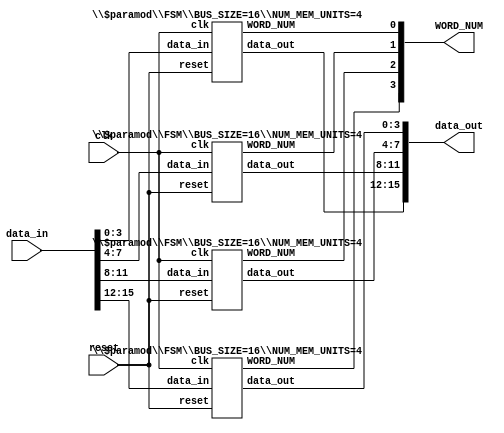
/* Generated by Yosys 0.7 (git sha1 61f6811, i686-w64-mingw32.static-gcc 4.9.3 -Os) */

(* src = "FSM.v:3" *)
module \$paramod\FSM\BUS_SIZE=16\NUM_MEM_UNITS=4 (clk, reset, data_in, data_out, WORD_NUM, next_state, state);
  (* src = "FSM.v:21" *)
  reg _00_;
  (* src = "FSM.v:21" *)
  reg _01_;
  (* src = "FSM.v:21" *)
  reg [3:0] _02_;
  (* src = "FSM.v:21" *)
  reg [3:0] _03_;
  (* src = "FSM.v:16" *)
  reg [3:0] _04_;
  (* src = "FSM.v:21" *)
  reg [3:0] _05_;
  (* src = "FSM.v:17" *)
  wire _06_;
  (* src = "FSM.v:31" *)
  wire _07_;
  (* src = "FSM.v:43" *)
  wire _08_;
  (* src = "FSM.v:55" *)
  wire _09_;
  (* src = "FSM.v:30" *)
  wire _10_;
  (* src = "FSM.v:42" *)
  wire _11_;
  (* src = "FSM.v:54" *)
  wire _12_;
  (* src = "FSM.v:11" *)
  output WORD_NUM;
  reg WORD_NUM;
  (* src = "FSM.v:7" *)
  input clk;
  (* src = "FSM.v:15" *)
  reg control;
  (* src = "FSM.v:9" *)
  input [3:0] data_in;
  (* src = "FSM.v:10" *)
  output [3:0] data_out;
  reg [3:0] data_out;
  (* src = "FSM.v:12" *)
  output [3:0] next_state;
  reg [3:0] next_state;
  (* src = "FSM.v:8" *)
  input reset;
  (* src = "FSM.v:13" *)
  output [3:0] state;
  reg [3:0] state;
  assign _06_ = ~ (* src = "FSM.v:17" *) reset;
  assign _07_ = & (* src = "FSM.v:31" *) data_in;
  assign _08_ = & (* src = "FSM.v:43" *) data_in;
  assign _09_ = & (* src = "FSM.v:55" *) data_in;
  assign _10_ = | (* src = "FSM.v:30" *) data_in;
  assign _11_ = | (* src = "FSM.v:42" *) data_in;
  assign _12_ = | (* src = "FSM.v:54" *) data_in;
  always @* begin
    _04_ = state;
    casez (_06_)
      1'b1:
          _04_ = 4'b0001;
      default:
          _04_ = next_state;
    endcase
  end
  always @(posedge clk) begin
      state <= _04_;
  end
  always @* begin
    _01_ = control;
    _02_ = 4'b0000;
    _00_ = 1'b0;
    _03_ = _05_;
    casez (state)
      4'b0001:
        begin
          _05_ = state;
          _02_ = data_in;
          _00_ = _10_;
          _01_ = _07_;
          casez (control)
            1'b1:
                _05_ = 4'b0010;
            default:
                _05_ = 4'b0100;
          endcase
        end
      4'b0010:
        begin
          _05_ = state;
          _02_ = data_in;
          _00_ = _11_;
          _01_ = _08_;
          casez (control)
            1'b1:
                _05_ = 4'b0010;
            default:
                _05_ = 4'b0100;
          endcase
        end
      4'b0100:
        begin
          _05_ = state;
          _02_ = data_in;
          _00_ = _12_;
          _01_ = _09_;
          casez (control)
            1'b1:
                _05_ = 4'b0001;
            default:
                _05_ = 4'b0100;
          endcase
        end
      default:
        begin
          _05_ = 4'b0001;
          _02_ = 4'b0000;
          _00_ = 1'b0;
        end
    endcase
  end
  always @* begin
      data_out <= _02_;
      WORD_NUM <= _00_;
      next_state <= _03_;
      control <= _01_;
  end
endmodule

(* top =  1  *)
(* src = "Generator_cond.v:3" *)
module Generator_cond(clk, reset, data_in, data_out, WORD_NUM);
  (* src = "Generator_cond.v:11" *)
  output [3:0] WORD_NUM;
  (* src = "Generator_cond.v:7" *)
  input clk;
  (* src = "Generator_cond.v:9" *)
  input [15:0] data_in;
  (* src = "Generator_cond.v:10" *)
  output [15:0] data_out;
  (* src = "Generator_cond.v:8" *)
  input reset;
  (* src = "Generator_cond.v:17" *)
  \$paramod\FSM\BUS_SIZE=16\NUM_MEM_UNITS=4  \MEM[0].mem_unit  (
    .WORD_NUM(WORD_NUM[0]),
    .clk(clk),
    .data_in(data_in[3:0]),
    .data_out(data_out[15:12]),
    .reset(reset)
  );
  (* src = "Generator_cond.v:17" *)
  \$paramod\FSM\BUS_SIZE=16\NUM_MEM_UNITS=4  \MEM[1].mem_unit  (
    .WORD_NUM(WORD_NUM[1]),
    .clk(clk),
    .data_in(data_in[7:4]),
    .data_out(data_out[11:8]),
    .reset(reset)
  );
  (* src = "Generator_cond.v:17" *)
  \$paramod\FSM\BUS_SIZE=16\NUM_MEM_UNITS=4  \MEM[2].mem_unit  (
    .WORD_NUM(WORD_NUM[2]),
    .clk(clk),
    .data_in(data_in[11:8]),
    .data_out(data_out[7:4]),
    .reset(reset)
  );
  (* src = "Generator_cond.v:17" *)
  \$paramod\FSM\BUS_SIZE=16\NUM_MEM_UNITS=4  \MEM[3].mem_unit  (
    .WORD_NUM(WORD_NUM[3]),
    .clk(clk),
    .data_in(data_in[15:12]),
    .data_out(data_out[3:0]),
    .reset(reset)
  );
endmodule